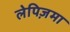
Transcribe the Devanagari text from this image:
लेपिज़मा